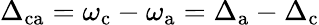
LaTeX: \Delta_{\mathrm{ca}}=\omega_{\mathrm{c}}-\omega_{\mathrm{a}}=\Delta_{\mathrm{a}}-\Delta_{\mathrm{c}}